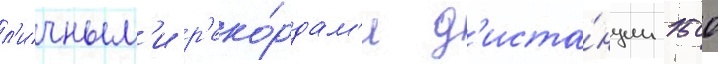
л'ичным'и р'еко́рдам'и д'иста́нции 1500